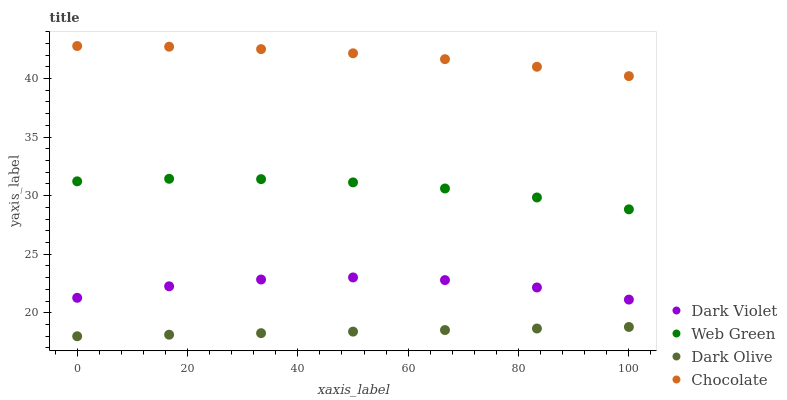
| xaxis_label | Dark Violet | Web Green | Dark Olive | Chocolate |
 | --- | --- | --- | --- | --- |
 | 0 | 21.3 | 31.2 | 18 | 42.8 |
 | 16.7 | 22.3 | 31.4 | 18.1 | 42.7 |
 | 33.3 | 22.8 | 31.4 | 18.3 | 42.5 |
 | 50 | 23 | 31.1 | 18.4 | 42.2 |
 | 66.7 | 22.8 | 30.6 | 18.5 | 41.7 |
 | 83.3 | 22.2 | 29.8 | 18.7 | 41 |
 | 100 | 21.1 | 28.8 | 18.8 | 40.2 |